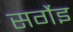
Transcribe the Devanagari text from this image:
सर्गेइ